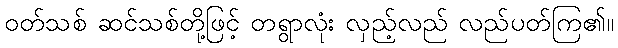
ဝတ်သစ် ဆင်သစ်တို့ဖြင့် တရွာလုံး လှည့်လည် လည်ပတ်ကြ၏။